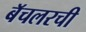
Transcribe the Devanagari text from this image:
बॅचलरची